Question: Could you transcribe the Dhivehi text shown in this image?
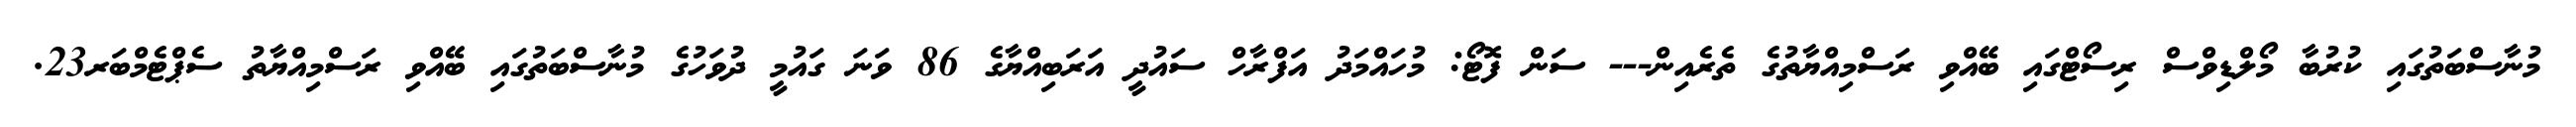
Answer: މުނާސްބަތުގައި ކުރުބާ މޯލްޑިވްސް ރިސޯޓްގައި ބޭއްވި ރަސްމިއްޔާތުގެ ތެރެއިން--- ސަން ފޮޓޯ: މުހައްމަދު އަފްރާހް ސައުދީ އަރަބިއްޔާގެ 86 ވަނަ ގައުމީ ދުވަހުގެ މުނާސްބަތުގައި ބޭއްވި ރަސްމިއްޔާތު ސެޕްޓެމްބަރ23.